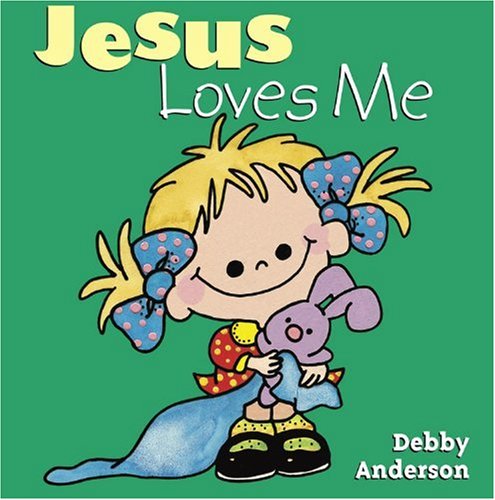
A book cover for Jesus Loves Me (Cuddle and Sing Board Book); Christian Books & Bibles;